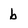
Character: b